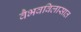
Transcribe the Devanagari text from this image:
वैभवविलासात